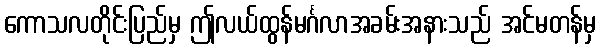
ကောသလတိုင်းပြည်မှ ဤလယ်ထွန်မင်္ဂလာအခမ်းအနားသည် အင်မတန်မှ